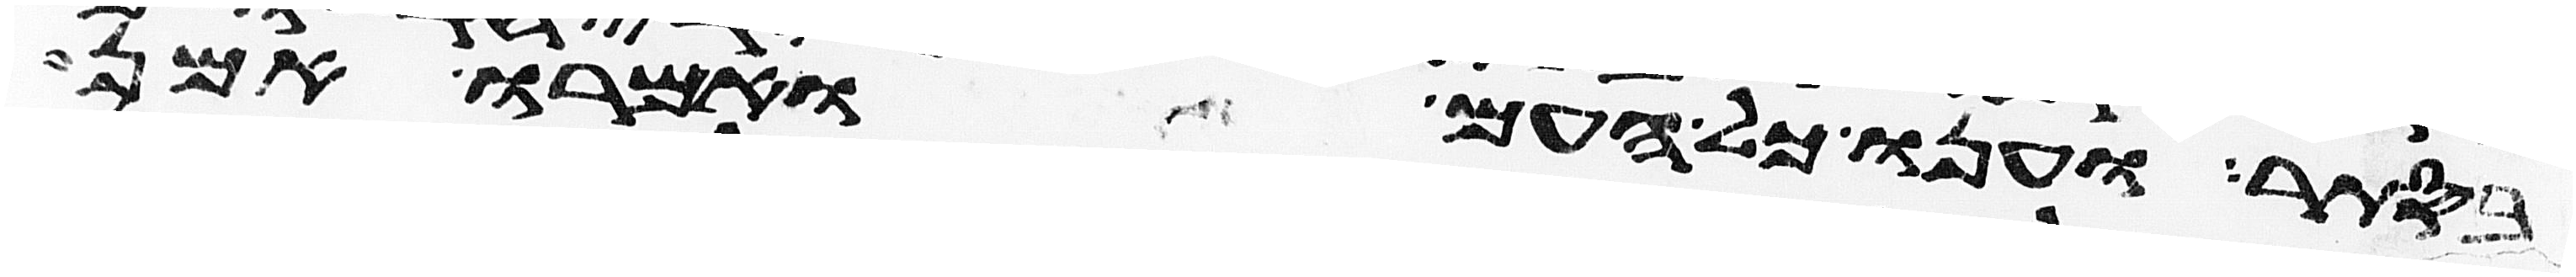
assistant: בסתר וענו כל העם ואמרו אמן